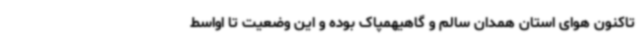
تاکنون هوای استان همدان سالم و گاهیهمپاک بوده و این وضعیت تا اواسط